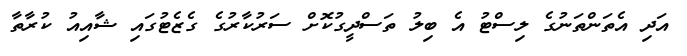
އަދި އެތަންތަނުގެ ލިސްޓު އެ ބިލު ތަސްދީގުކޮށް ސަރުކާރުގެ ގެޒެޓުގައި ޝާއިއު ކުރާތާ